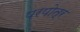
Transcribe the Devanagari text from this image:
परपोत्र